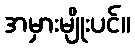
အမှားမျိုးပင်။